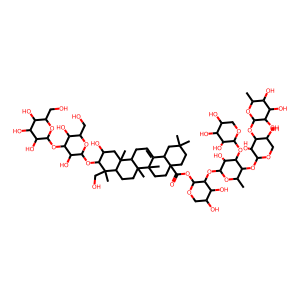
SMILES: CC1OC(OC2C(O)COC(OC3C(C)OC(OC4C(OC(=O)C56CCC(C)(C)CC5C5=CCC7C8(C)CC(O)C(OC9OC(CO)C(O)C(OC%10OC(CO)C(O)C(O)C%10O)C9O)C(C)(CO)C8CCC7(C)C5(C)CC6)OCC(O)C4O)C(O)C3OC3OCC(O)C(O)C3O)C2O)C(O)C(O)C1O
Inhibits HIV replication: Yes